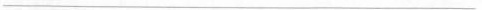
___